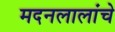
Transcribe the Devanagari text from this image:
मदनलालांचे